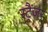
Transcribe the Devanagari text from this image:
स्ट्रैंजर